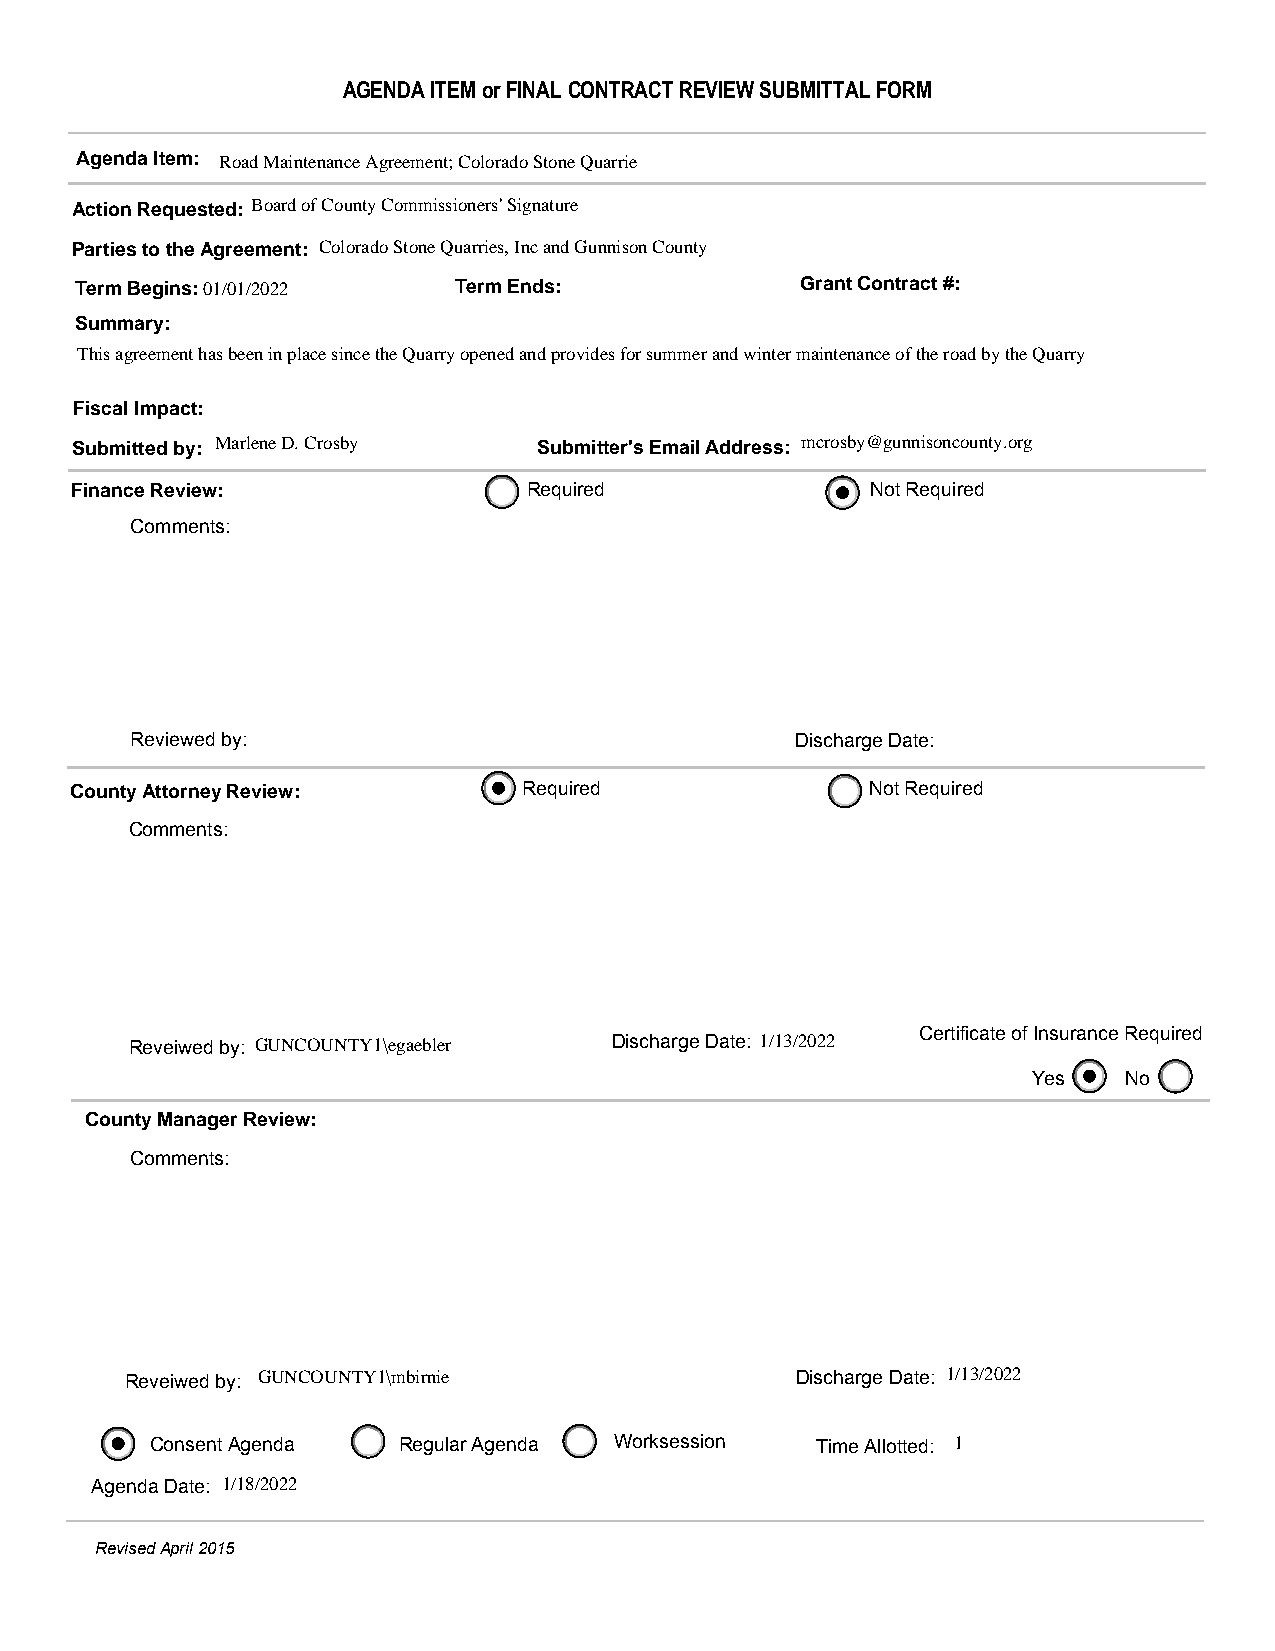
AGENDA ITEM or FINAL CONTRACT REVIEW SUBMITTAL FORM
 Agenda Item: Road Maintenance Agreement; Colorado Stone Quarrie
 Action Requested: Board of County Commissioners' Signature
 Parties to the Agreement: Colorado Stone Quarries, Inc and Gunnison County
 Term Begins:01/01/2022   Term Ends:             Grant Contract #:
 Summary:
 This agreement has been in place since the Quarry opened and provides for summer and winter maintenance of the road by the Quarry
 Fiscal Impact:
 Submitted by: Marlene D. Crosby Submitter's Email Address: mcrosby@gunnisoncounty.org
 Finance Review:               Required               Not Required
 Comments:
 Reviewed by:                                Discharge Date:
 County Attorney Review:       Required               Not Required
 Comments:
 Reveiwed by: GUNCOUNTY1\egaebler Discharge Date: 1/13/2022 Certificate of Insurance Required
 Yes   No
 County Manager Review:
 Comments:
 Reveiwed by: GUNCOUNTY1\mbirnie              Discharge Date: 1/13/2022
 Consent Agenda  Regular Agenda Worksession  Time Allotted: 1
 Agenda Date: 1/18/2022
 Revised April 2015